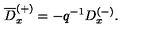
\overline { { D } } _ { x } ^ { ( + ) } = - q ^ { - 1 } D _ { x } ^ { ( - ) } .